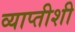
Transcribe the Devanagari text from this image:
व्याप्तीशी